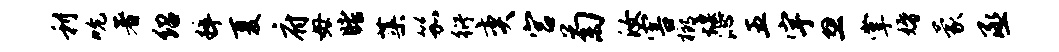
利吮著绍粹夏府毋睹蕖笳衍奕宫菊汝害榔堰沁五宇忽掌婚蒙丞